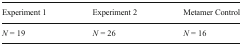
<table><thead><tr><td><b>Experiment 1</b></td><td><b>Experiment 2</b></td><td><b>Metamer Control</b></td></tr></thead><tbody><tr><td><i>N</i> = 19</td><td><i>N</i> = 26</td><td><i>N</i> = 16</td></tr></tbody></table>